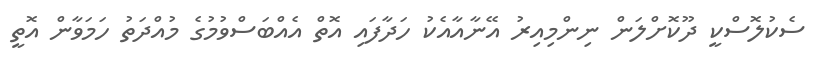
ސެކުލޮސްކީ ދޫކޮށްލަން ނިންމިއިރު އޭނާއާއެކު ހަދާފައި އޮތް އެއްބަސްވުމުގެ މުއްދަތު ހަމަވާން އޮތީ